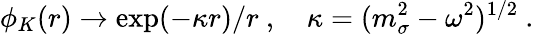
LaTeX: \phi_{K}(r)\to\exp(-\kappa r)/r\ ,\quad\kappa=(m_{\sigma}^{2}-\omega^{2})^{1/2}\ .